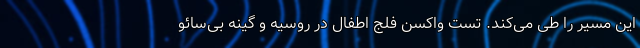
این مسیر را طی می‌کند. تستِ واکسنِ فلج اطفال در روسیه و گینه بی‌سائو